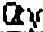
QTY